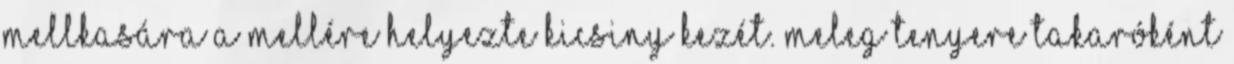
mellkasára a mellére helyezte kicsiny kezét. Meleg tenyere takaróként